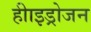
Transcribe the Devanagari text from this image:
हीाइड्रोजन